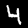
Label: 4